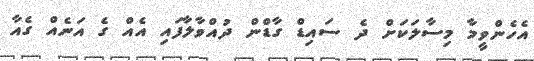
އެހެންވީމާ މިސާލަކަށް ދެ ސައިޑް ގާޑްން ދުއްވާލާފައި އެއް ގެ އަނެއް ގެއާ